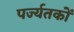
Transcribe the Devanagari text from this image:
पर्ज्यतकों